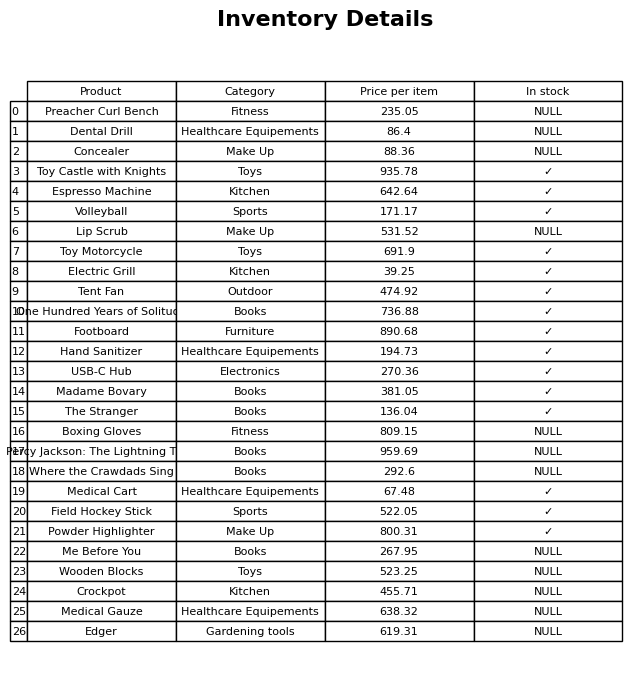
question: Is the Footboard in stock?
answer: ✓